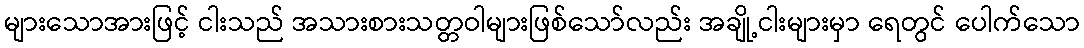
များသောအားဖြင့် ငါးသည် အသားစားသတ္တဝါများဖြစ်သော်လည်း အချို့ငါးများမှာ ရေတွင် ပေါက်သော